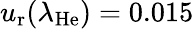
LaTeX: u_{\mathrm{r}}(\lambda_{\mathrm{He}})=0.015